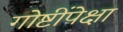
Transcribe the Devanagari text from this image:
गोष्टींपेक्षा